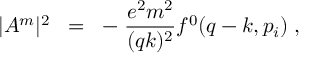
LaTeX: | A ^ { m } | ^ { 2 } \; \; = \; \; - \; \frac { e ^ { 2 } m ^ { 2 } } { ( q k ) ^ { 2 } } f ^ { 0 } ( q - k , p _ { i } ) \; ,